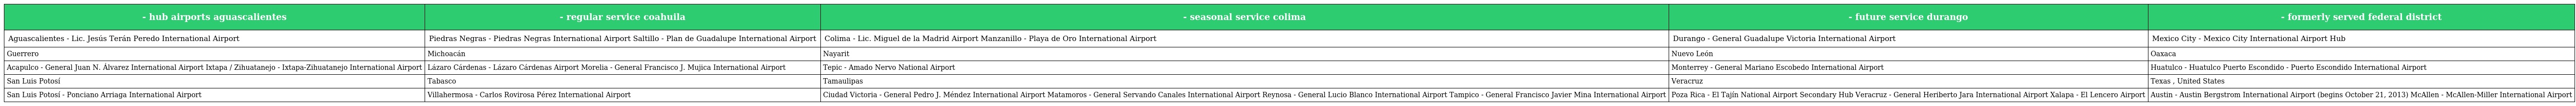
| - hub airports aguascalientes | - regular service coahuila | - seasonal service colima | - future service durango | - formerly served federal district |
 | --- | --- | --- | --- | --- |
 | Aguascalientes - Lic. Jesús Terán Peredo International Airport | Piedras Negras - Piedras Negras International Airport Saltillo - Plan de Guadalupe International Airport | Colima - Lic. Miguel de la Madrid Airport Manzanillo - Playa de Oro International Airport | Durango - General Guadalupe Victoria International Airport | Mexico City - Mexico City International Airport Hub |
 | Guerrero | Michoacán | Nayarit | Nuevo León | Oaxaca |
 | Acapulco - General Juan N. Álvarez International Airport Ixtapa / Zihuatanejo - Ixtapa-Zihuatanejo International Airport | Lázaro Cárdenas - Lázaro Cárdenas Airport Morelia - General Francisco J. Mujica International Airport | Tepic - Amado Nervo National Airport | Monterrey - General Mariano Escobedo International Airport | Huatulco - Huatulco Puerto Escondido - Puerto Escondido International Airport |
 | San Luis Potosí | Tabasco | Tamaulipas | Veracruz | Texas , United States |
 | San Luis Potosí - Ponciano Arriaga International Airport | Villahermosa - Carlos Rovirosa Pérez International Airport | Ciudad Victoria - General Pedro J. Méndez International Airport Matamoros - General Servando Canales International Airport Reynosa - General Lucio Blanco International Airport Tampico - General Francisco Javier Mina International Airport | Poza Rica - El Tajín National Airport Secondary Hub Veracruz - General Heriberto Jara International Airport Xalapa - El Lencero Airport | Austin - Austin Bergstrom International Airport (begins October 21, 2013) McAllen - McAllen-Miller International Airport |